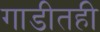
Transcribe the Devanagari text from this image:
गाडीतही